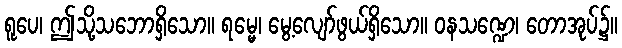
ရူပေ၊ ဤသို့သဘောရှိသော။ ရမ္မေ၊ မွေ့လျော်ဖွယ်ရှိသော။ ဝနသဏ္ဍေ၊ တောအုပ်၌။